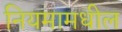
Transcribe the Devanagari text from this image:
नियमामधील